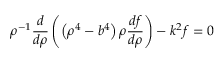
\rho ^ { - 1 } { \frac { d } { d \rho } } \left( \left( \rho ^ { 4 } - b ^ { 4 } \right) \rho { \frac { d f } { d \rho } } \right) - k ^ { 2 } f = 0